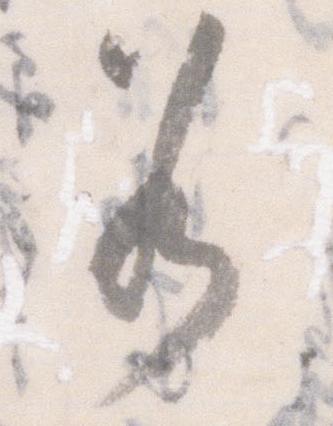
若